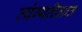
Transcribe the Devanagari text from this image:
व्यंग्यचित्रात